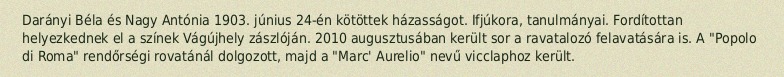
Darányi Béla és Nagy Antónia 1903. június 24-én kötöttek házasságot. Ifjúkora, tanulmányai. Fordítottan helyezkednek el a színek Vágújhely zászlóján. 2010 augusztusában került sor a ravatalozó felavatására is. A "Popolo di Roma" rendőrségi rovatánál dolgozott, majd a "Marc' Aurelio" nevű vicclaphoz került.